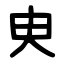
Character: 㬰